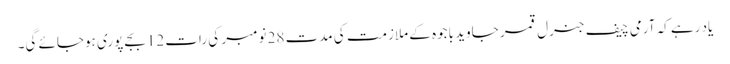
یاد رہے کہ آرمی چیف جنرل قمر جاوید باجوہ کے ملازمت کی مدت 28 نومبر کی رات 12 بجے پوری ہوجائے گی۔